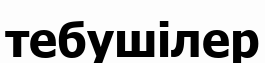
тебушілер